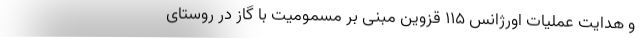
و هدایت عملیات اورژانس ۱۱۵ قزوین مبنی بر مسمومیت با گاز در روستای